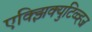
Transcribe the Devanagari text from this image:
एक्झिक्युटिव्व्ह्ज